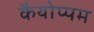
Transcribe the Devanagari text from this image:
कैयोप्पम